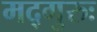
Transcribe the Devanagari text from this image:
मद्गुरुः